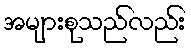
အများစုသည်လည်း